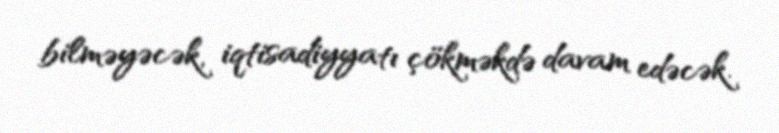
bilməyəcək, iqtisadiyyatı çökməkdə davam edəcək.